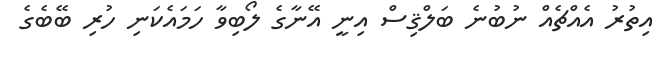
އިތުރު އެއްޗެއް ނުބުނެ ބަލްޤިސް އިނީ އޭނާގެ ލޯބިވާ ހަމައެކަނި ހުރި ބޭބެގެ